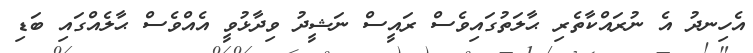
އެހިނދު އެ ނުރައްކާތެރި ޙާލަތުގައިވެސް ރައީސް ނަޝީދު ވިދާޅުވީ އެއްވެސް ޙާލެއްގައި ބަޑި